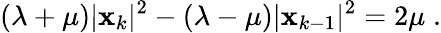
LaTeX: (\lambda+\mu)|\mathbf{x}_{k}|^{2}-(\lambda-\mu)|\mathbf{x}_{k-1}|^{2}=2\mu\; .